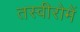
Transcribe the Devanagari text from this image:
तस्वीरोमें